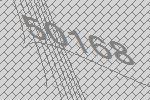
50168